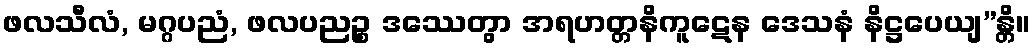
ဖလသီလံ, မဂ္ဂပညံ, ဖလပညဉ္စ ဒဿေတွာ အရဟတ္တနိကူဋေန ဒေသနံ နိဋ္ဌပေယျ”န္တိ။